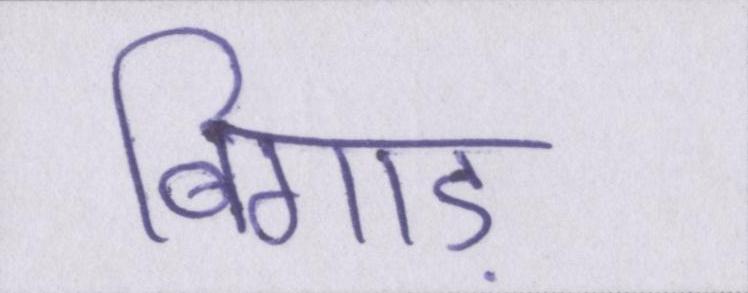
बिगाड़